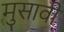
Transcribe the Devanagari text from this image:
मुसावी